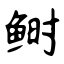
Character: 鲥